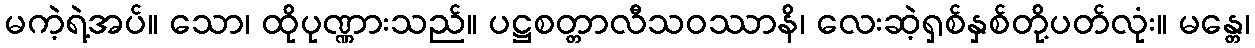
မကဲ့ရဲ့အပ်။ သော၊ ထိုပုဏ္ဏားသည်။ ပဋ္ဌစတ္တာလီသဝဿာနိ၊ လေးဆဲ့ရှစ်နှစ်တို့ပတ်လုံး။ မန္တေ၊